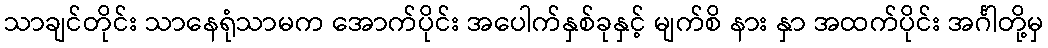
သာချင်တိုင်း သာနေရုံသာမက အောက်ပိုင်း အပေါက်နှစ်ခုနှင့် မျက်စိ နား နှာ အထက်ပိုင်း အင်္ဂါတို့မှ